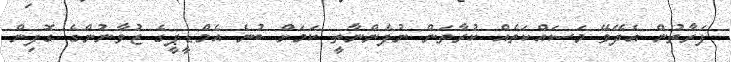
ފަރާތުން އެދޭވޭ މަސައްކަތެއް ކުރާތަން ނުފެންނާތީ ކަމަށް ބުނެ އެމްޑީޕީގެ ޒުވާނުންގެ ގޮފިން